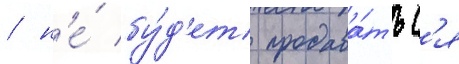
/ н'е́ бу́д'ет продава́тьс'я